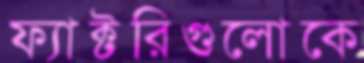
ফ্যাক্টরিগুলোকে